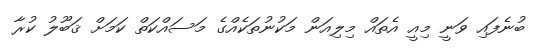
ބުނެފައި ވަނީ މިއީ އެތައް މިލިއަން މަކުނުތަކެއްގެ މަސައްކަތް ކަމަށް ޤަބޫލު ކުރާ